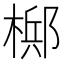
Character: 𬄂